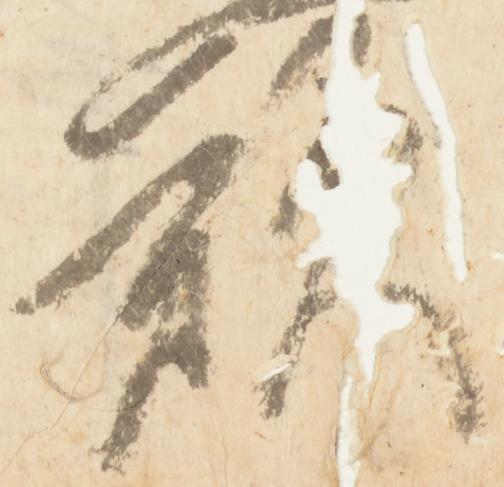
歎